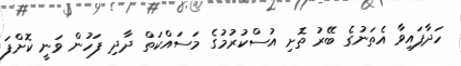
ހަދާފައިވާ އެތަނުގެ ބޭރު ތޮށި އުސްކުރުމުގެ މަސައްކަތް ދާދި ފަހުން ވަނީ ކޮށްފަ